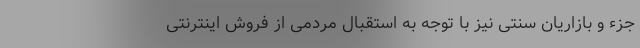
جزء و بازاریان سنتی نیز با توجه به استقبال مردمی از فروش اینترنتی